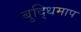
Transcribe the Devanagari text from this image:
बुद्धिमाप